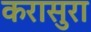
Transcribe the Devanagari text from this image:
करासुरा